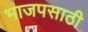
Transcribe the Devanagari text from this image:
भाजपसाठी